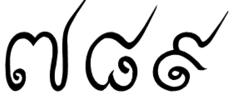
៧ ៨ ៩